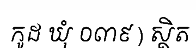
កូដ ឃុំ ០៣៩ ) ស្ថិត